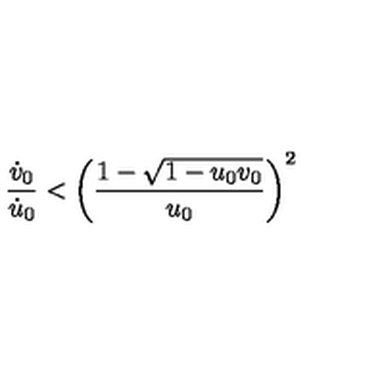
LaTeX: \frac { \dot { v } _ { 0 } } { \dot { u } _ { 0 } } < \left( \frac { 1 - \sqrt { 1 - u _ { 0 } v _ { 0 } } } { u _ { 0 } } \right) ^ { 2 }